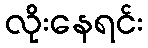
လိုးနေရင်း